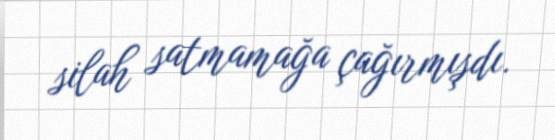
silah satmamağa çağırmışdı.